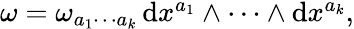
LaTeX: \begin{array}{r}{\omega=\omega_{a_{1}\cdots a_{k}}\, \mathrm{d}x^{a_{1}}\wedge\cdots\wedge\mathrm{d}x^{a_{k}},}\end{array}